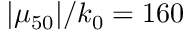
| \mu _ { 5 0 } | / k _ { 0 } = 1 6 0